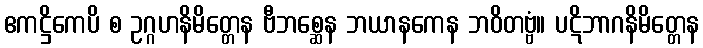
ဧကဋ္ဌိကေပိ စ ဥဂ္ဂဟနိမိတ္တေန ဗီဘစ္ဆေန ဘယာနကေန ဘဝိတဗ္ဗံ။ ပဋိဘာဂနိမိတ္တေန